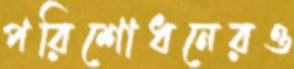
পরিশোধনেরও